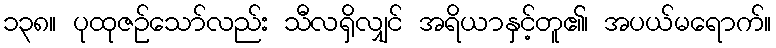
၁၃၈။ ပုထုဇဉ်သော်လည်း သီလရှိလျှင် အရိယာနှင့်တူ၏၊ အပယ်မရောက်။